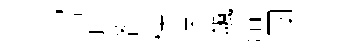
宫幘咎秧悞飆憩團